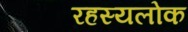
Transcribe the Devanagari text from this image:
रहस्यलोक